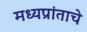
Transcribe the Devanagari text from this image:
मध्यप्रांताचे